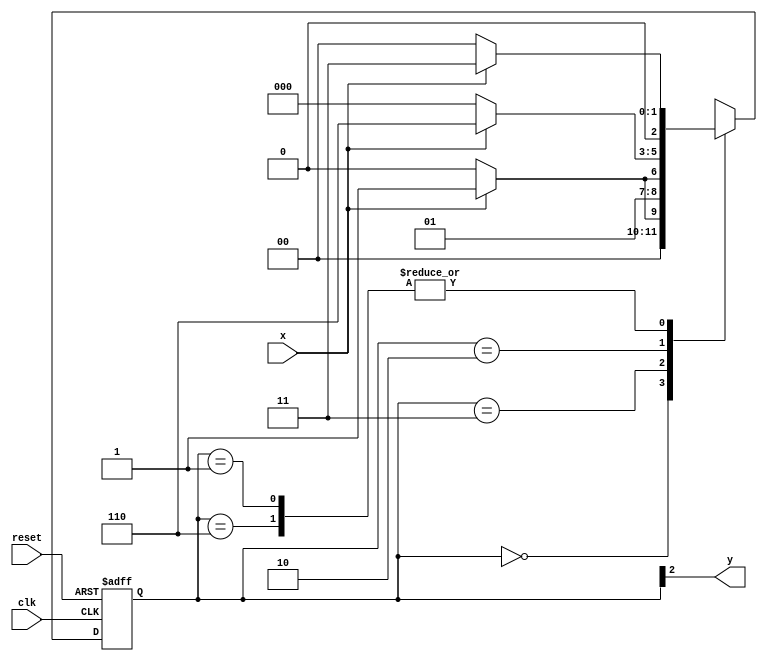
// ------------------------- 
// Moore1101 
// Nome: Oswaldo Oliveira Paulino
// ------------------------- 

// --------------
// --- Moore FSM
// --------------
/*
                                         Moore FSM Diagram
                                      ____________________
                                     /                                      \
              1             1     v        0                  1        1 |   // found
   [start] ---> [id1] ---> [id11] ---> [id110] ---> [id1101]
     ^  \0         0 |           1/   ^             0 |          0 |
      \_/             /              \__/              |            |
       \________/                                /             |
        \                                             /             /
         \_________________________/             /
          \                                                         /
           \______________________________ /
*/
// constant definition
`define found       1
`define notfound 0
// FSM by Moore

module  moore1101 ( y, x, clk, reset );
	output y;
	input  x;
	input   clk;
	input   reset;
	reg      y;
	parameter        // state identifiers
	   start     = 3'b000,
	   id1      = 3'b001,
	   id11     = 3'b011,
	   id110   = 3'b010,
	   id1101 = 3'b110;  //  signal found
	reg [2:0] E1;// current state variables
   reg [2:0] E2;// next state logic output
	
	// next state logic
   always @( x or E1 )
   	begin
   		case( E1 )
      	start:
        	if ( x )
         	E2 = id1;
        	else
         	E2 = start;
      	id1:
        	if ( x )
         	E2 = id11;
        	else
         	E2 = start;
      	id11:
        	if ( x )
         	E2 = id11;
        	else
         	E2 = id110;
      	id110:
        	if ( x )
         	E2 = id1101;
        	else
         	E2 = start;
      	id1101:
        	if ( x )
         	E2 = id11;
        	else
         	E2 = start;
     		default:   // undefined statee  
         	E2 = 3'bxxx;
     		endcase
    	end // always at signal or state changing
		
// state variables
   always @( posedge clk or negedge reset )
   	begin
     	if ( reset )
      	E1 = E2;    // updates current state
     	else
      	E1 = 0;     // reset
    	end // always at signal changing
		
// output logic
   always @( E1 )
   	begin
     		y = E1[2];   // first bit of state value (MOORE indicator)
    	end // always at state changing
endmodule // moore1101